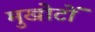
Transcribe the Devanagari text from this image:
मुखोटों